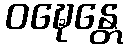
ဝဍ္ဎေန္တေ